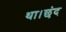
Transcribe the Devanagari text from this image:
था।छंद